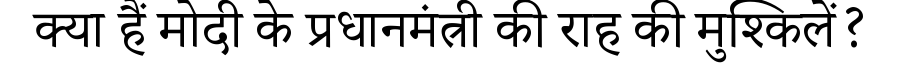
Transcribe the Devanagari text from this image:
क्या हैं मोदी के प्रधानमंत्री की राह की मुश्किलें?